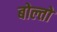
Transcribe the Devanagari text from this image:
बोल्तो